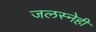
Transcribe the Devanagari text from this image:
जलस्नेही